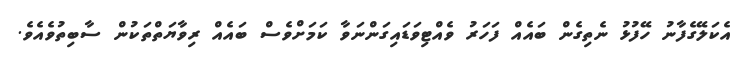
އެކަލޭގެފާނު ހޭފުޅު ނެތިގެން ބައެއް ފަހަރު ވެއްޓިވަޑައިގަންނަވާ ކަމަށްވެސް ބައެއް ރިވާޔަތްތަކުން ސާބިތުވެއެވެ.